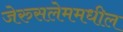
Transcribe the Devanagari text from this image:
जेरुसलेममधील